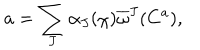
LaTeX: a = \sum _ { J } \alpha _ { J } ( \chi ) \overline { { { \omega } } } ^ { J } ( C ^ { a } ) ,